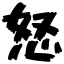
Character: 怒